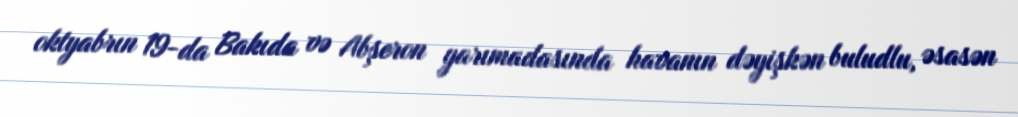
oktyabrın 19-da Bakıda və Abşeron yarımadasında havanın dəyişkən buludlu, əsasən